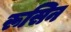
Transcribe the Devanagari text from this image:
रूसिन